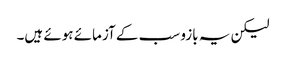
لیکن یہ بازو سب کے آزمائے ہوئے ہیں۔